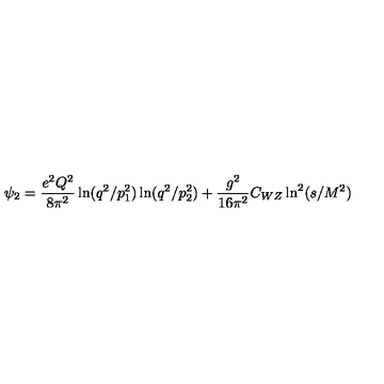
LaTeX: \psi _ { 2 } = \frac { e ^ { 2 } Q ^ { 2 } } { 8 \pi ^ { 2 } } \ln ( q ^ { 2 } / p _ { 1 } ^ { 2 } ) \ln ( q ^ { 2 } / p _ { 2 } ^ { 2 } ) + \frac { g ^ { 2 } } { 1 6 \pi ^ { 2 } } C _ { W Z } \ln ^ { 2 } ( s / M ^ { 2 } ) ~